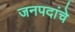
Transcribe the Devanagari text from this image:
जनपदांचे